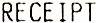
RECEIPT